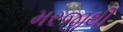
મરજીથી